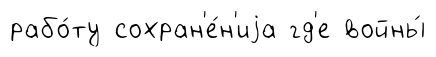
рабо́ту сохран'е́н'иjа гд'е войны́